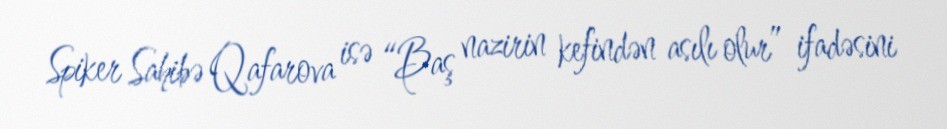
Spiker Sahibə Qafarova isə “Baş nazirin kefindən asılı olur” ifadəsini